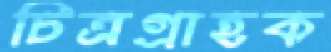
চিত্রগ্রাহক